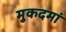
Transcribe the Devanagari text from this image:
मुकदमां